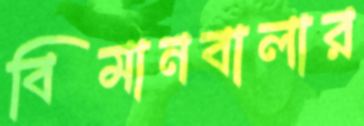
বিমানবালার